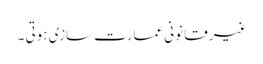
غیر قانونی عمارت سازی ہوتی ۔